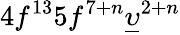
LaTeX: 4f^{13}5f^{7+n}\underline{{\upsilon}}^{2+n}